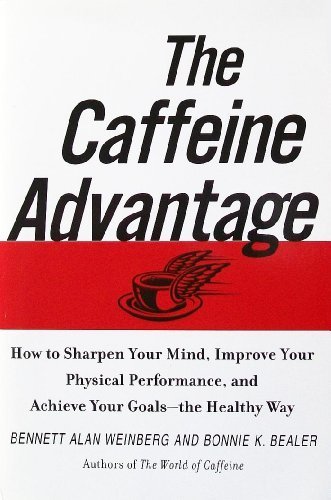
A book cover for The Caffeine Advantage: How to Sharpen Your Mind, Improve Your Physical Performance, and Achieve Your Goals - the Healthy Way; Bennett Alan Weinberg; Health, Fitness & Dieting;